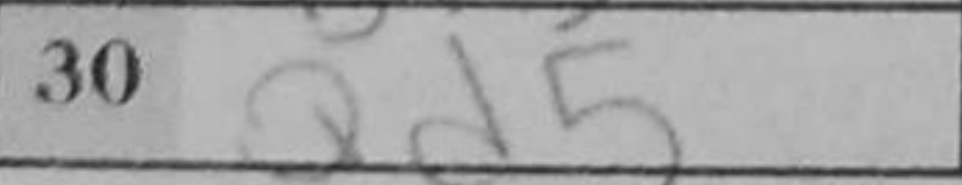
Transcription: Qd5